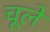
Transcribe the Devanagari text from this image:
चूले